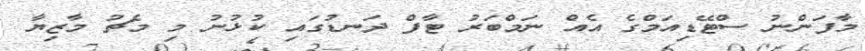
މާފަންނު ސްޓޭޑިއަމްގެ އެއް ނަމްބަރު ޓާފް ދަނޑުގައި ކުޅުނު މި މެޗު މާޒިޔާ